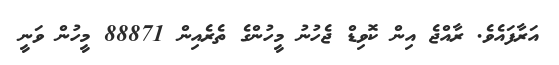
އަރާފައެވެ. ރާއްޖެ އިން ކޮވިޑް ޖެހުނު މީހުންގެ ތެރެއިން 88871 މީހުން ވަނީ